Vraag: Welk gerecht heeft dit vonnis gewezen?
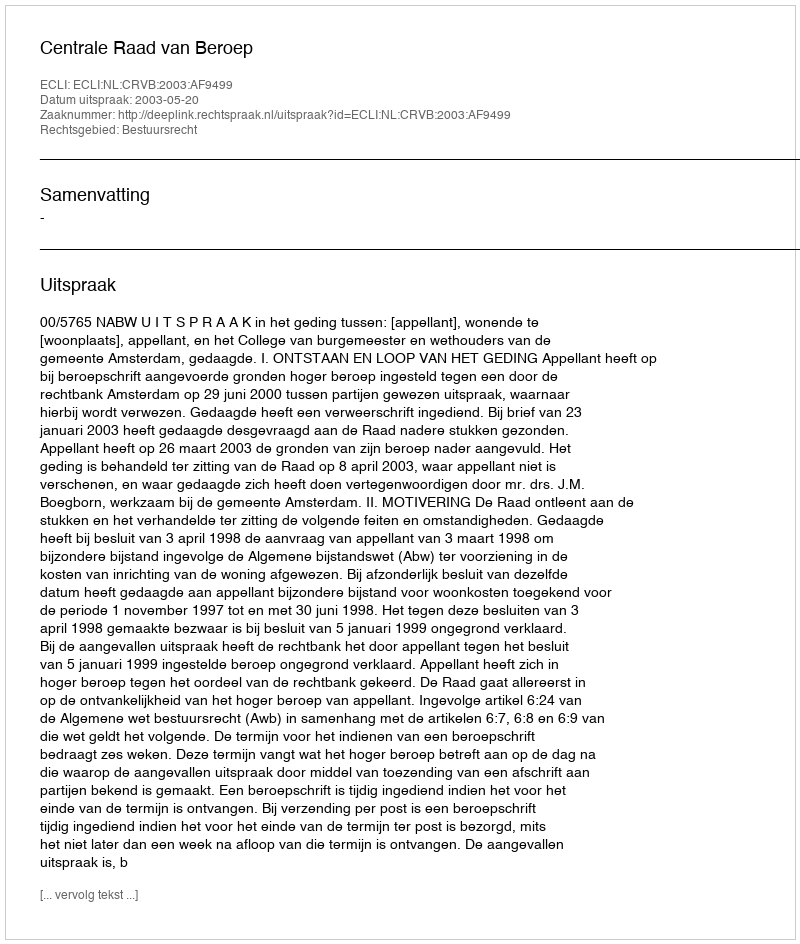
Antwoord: Centrale Raad van Beroep